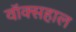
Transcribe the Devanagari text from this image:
वॉक्सहाल